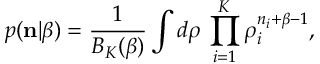
p ( { \bf n } | \beta ) = \frac { 1 } { B _ { K } ( \beta ) } \int d \boldsymbol { \rho } \, \prod _ { i = 1 } ^ { K } \rho _ { i } ^ { n _ { i } + \beta - 1 } ,